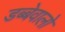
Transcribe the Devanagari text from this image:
डब्बेवालो